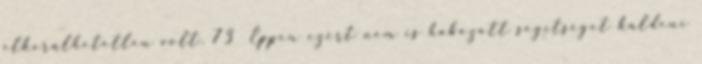
elkerülhetetlen volt. 73 Éppen ezért nem is habozott segítséget küldeni